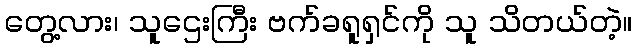
တွေ့လား၊ သူဌေးကြီး ဗက်ခရူရှင်ကို သူ သိတယ်တဲ့။